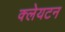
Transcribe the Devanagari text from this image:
क्लेयटन